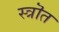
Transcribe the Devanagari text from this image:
स्त्रॊत